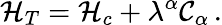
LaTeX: {\cal H}_{T}={\cal H}_{c}+\lambda^{\alpha}{\cal C}_{\alpha}\, .